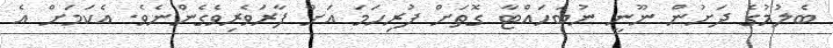
ބެލުމުގެ ދަށުން ނޫނީ ނުބަހައްޓާ ގޮތަށް ފުރިހަމަ އަށް ފާރަވެރިވެގެންނެވެ. އެކަމަށް އެ